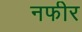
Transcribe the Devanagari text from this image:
नफीर